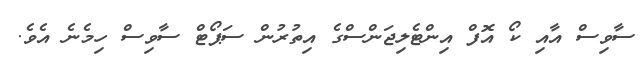
ސާވިސް އާއި ކޯ އޮފް އިންޓެލިޖަންސްގެ އިތުރުން ސަޕޯޓް ސާވިސް ހިމެނެ އެވެ.